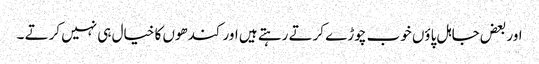
اور بعض جاہل پاؤں خوب چوڑے کرتے رہتے ہیں اور کندھوں کا خیال ہی نہیں کرتے ۔